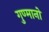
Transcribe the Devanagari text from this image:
गुण्मानों